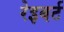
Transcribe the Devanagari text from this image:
रेइबर्ट